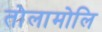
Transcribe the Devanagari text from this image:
तोलामोलि